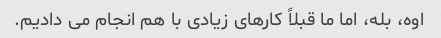
اوه، بله، اما ما قبلاً کارهای زیادی با هم انجام می دادیم.